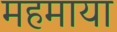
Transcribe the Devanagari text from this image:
महमाया